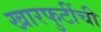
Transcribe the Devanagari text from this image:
खारफुटींची